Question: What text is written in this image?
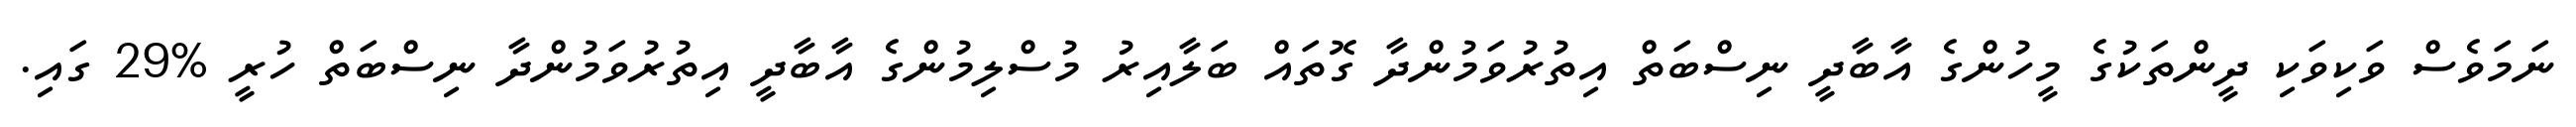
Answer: ނަމަވެސް ވަކިވަކި ދީންތަކުގެ މީހުންގެ އާބާދީ ނިސްބަތް އިތުރުވަމުންދާ ގޮތައް ބަލާއިރު މުސްލިމުންގެ އާބާދީ އިތުރުވަމުންދާ ނިސްބަތް ހުރީ %29 ގައި.